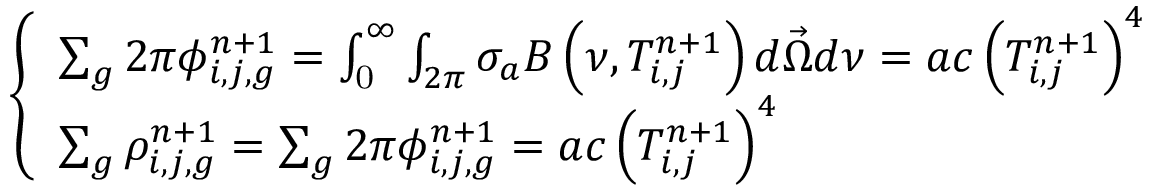
\left\{ \begin{array} { l } { { \sum _ { g } 2 \pi \phi _ { i , j , g } ^ { n + 1 } = \int _ { \mathrm { 0 } } ^ { \infty } \int _ { 2 \pi } \sigma _ { a } B \left( \nu , T _ { i , j } ^ { n + 1 } \right) d \vec { \Omega } d \nu = a c \left( T _ { i , j } ^ { n + 1 } \right) ^ { 4 } } } \\ { { \sum _ { g } \rho _ { i , j , g } ^ { n + 1 } = \sum _ { g } 2 \pi \phi _ { i , j , g } ^ { n + 1 } = a c \left( T _ { i , j } ^ { n + 1 } \right) ^ { 4 } } } \end{array} \right.